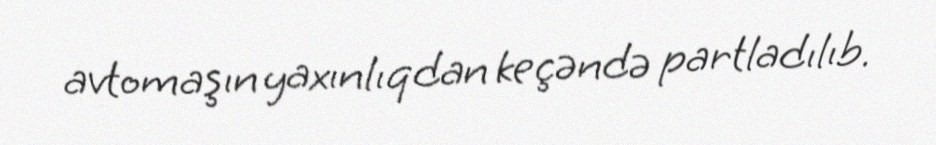
avtomaşın yaxınlıqdan keçəndə partladılıb.